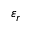
\varepsilon _ { r }